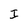
Character: I